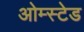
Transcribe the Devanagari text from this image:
ओम्स्टेड